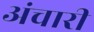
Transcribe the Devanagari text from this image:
अंचारी